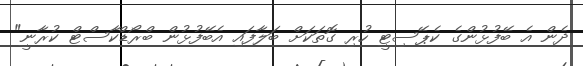
ދެން އެ ބޭފުޅުންގެ ކެޕޭސިޓީ ހުރި ގޮތަކަށް ބަލާފައި އެބޭފުޅުން ބްރޯޑްކާސްޓް ކުރާނީ"